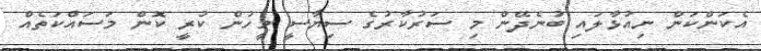
އެކަންކަން ނިއުޅާލައި ބުނެދޭން މި ސަރުކާރުގެ ސިޔާސީ މީހުން ކުރީ ކޮން މަސައްކަތެއް